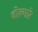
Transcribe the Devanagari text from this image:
वोल्गारे